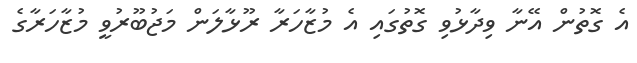
އެ ގޮތުން އޭނާ ވިދާޅުވި ގޮތުގައި އެ މުޒާހަރާ ރޫޅާލަން މަޖުބޫރުވީ މުޒާހަރާގެ